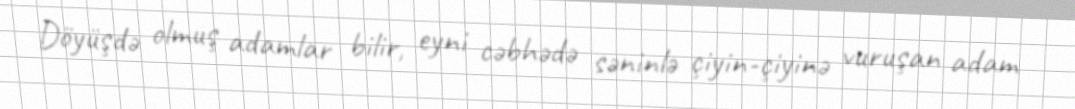
Döyüşdə olmuş adamlar bilir, eyni cəbhədə səninlə çiyin-çiyinə vuruşan adam